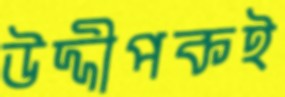
উদ্দীপকই